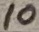
Text: 10